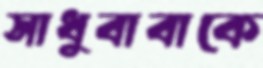
সাধুবাবাকে